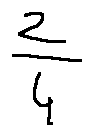
\frac { 2 } { 4 }